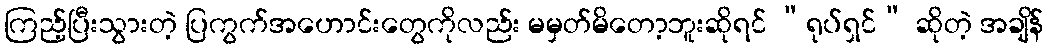
ကြည့်ပြီးသွားတဲ့ ပြကွက်အဟောင်းတွေကိုလည်း မမှတ်မိတော့ဘူးဆိုရင် “ရုပ်ရှင်” ဆိုတဲ့ အချိန်